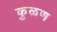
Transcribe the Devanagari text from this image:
कुळण